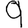
Digit: 9